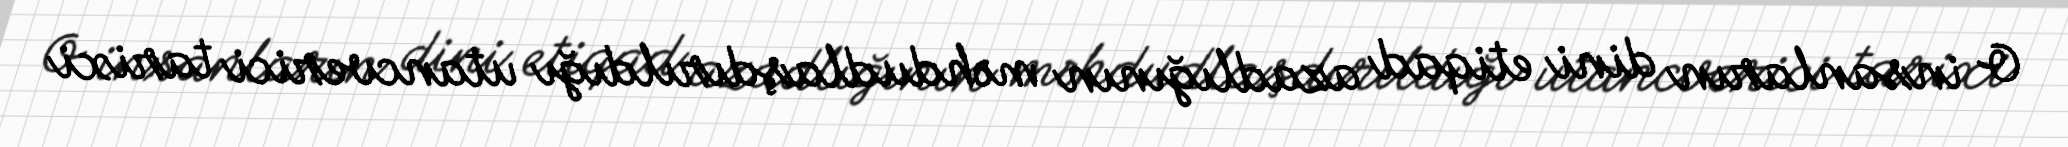
O insanların dini etiqad azadlığının məhdudlaşdırıldığı utancverici tarixi